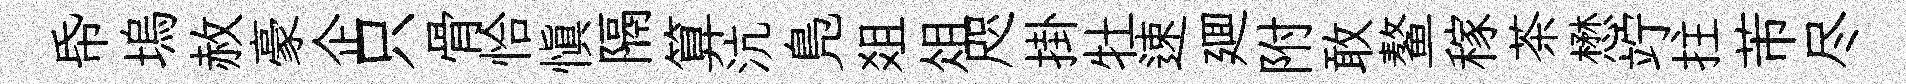
帋塢赦豪企只骨恰愼隔算沆鳬爼俎咫掛牡速廽附敢鳌稼茶懋竚拄芾尽